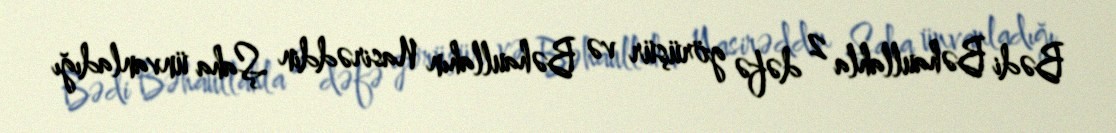
Bədi Bəhaullahla 2 dəfə görüşür və Bəhaullahın Nasirəddin Şaha ünvanladığı